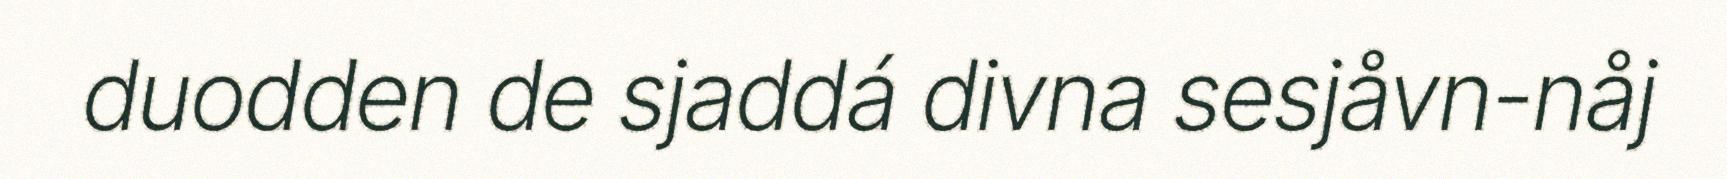
duodden de sjaddá divna sesjåvn-nåj